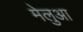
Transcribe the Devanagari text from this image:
मेलुआ